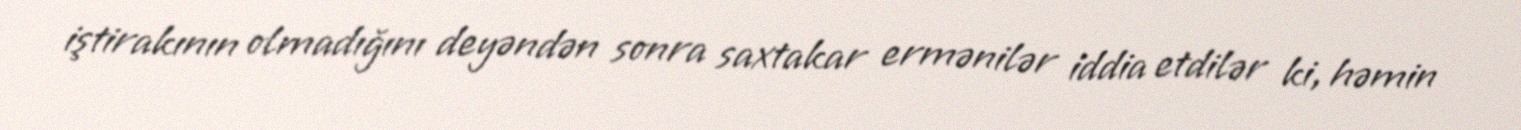
iştirakının olmadığını deyəndən sonra saxtakar ermənilər iddia etdilər ki, həmin